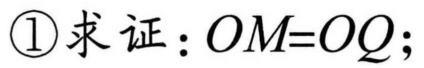
\textcircled{1}求证：\(OM = OQ\)；